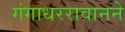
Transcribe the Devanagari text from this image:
गंगाधररावानने